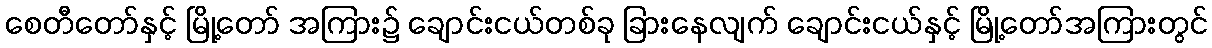
စေတီတော်နှင့် မြို့တော် အကြား၌ ချောင်းငယ်တစ်ခု ခြားနေလျက် ချောင်းငယ်နှင့် မြို့တော်အကြားတွင်